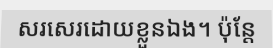
សរសេរដោយខ្លួនឯង។ ប៉ុន្តែ